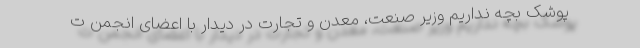
پوشک بچه نداریم وزیر صنعت، معدن و تجارت در دیدار با اعضای انجمن ت